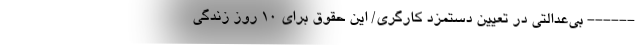
------ بی‌عدالتی در تعیین دستمزد کارگری/ این حقوق برای ۱۰ روز زندگی